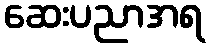
ဆေးပညာအရ